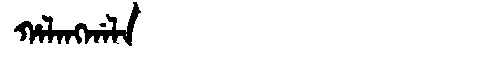
Manchu: ᡥᠠᠯᠠᠩᡤᠠᠯᠠ
Romanization: HALANGGALA